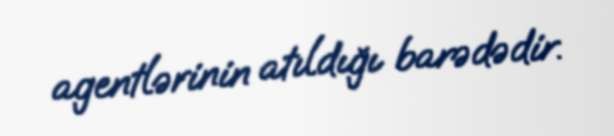
agentlərinin atıldığı barədədir.